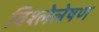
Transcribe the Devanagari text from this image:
विश्लेलेषण